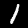
Digit: 1